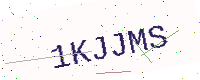
Text: 1KJJMS